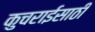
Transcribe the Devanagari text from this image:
कुचराईसाठी